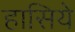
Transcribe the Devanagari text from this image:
हासिये